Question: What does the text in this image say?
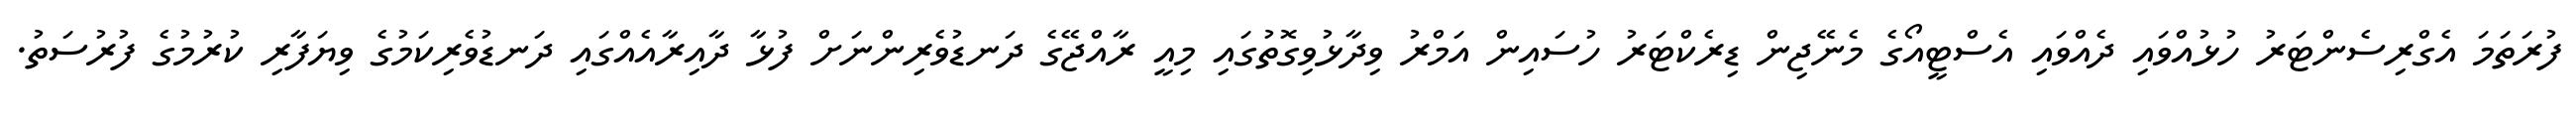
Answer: ފުރަތަމަ އެގްރިސެންޓަރު ހުޅުއްވައި ދެއްވައި އެސްޓީއޯގެ މެނޭޖިން ޑިރެކްޓަރު ހުސައިން އަމްރު ވިދާޅުވިގޮތުގައި މިއީ ރާއްޖޭގެ ދަނޑުވެރިންނަށް ފުޅާ ދާއިރާއެއްގައި ދަނޑުވެރިކަމުގެ ވިޔަފާރި ކުރުމުގެ ފުރުސަތު.